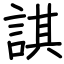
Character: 諆